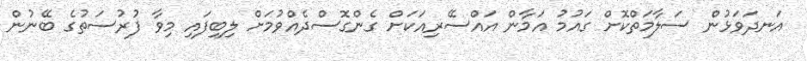
އަނދަވަޅުން ސަލާމަތްކޮށް ގައުމު އަމާން އައްސޭރިއަކަށް ގެންގޮސްދެއްވުމަށް ލިބިފައި މިވާ ފުރުސަތުގެ ބޭނުން